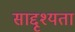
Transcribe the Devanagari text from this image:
साद्दृश्यता